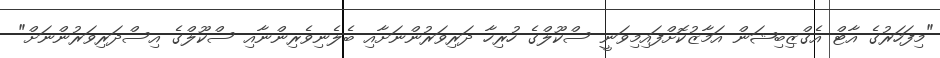
"މިފަހަރުގެ އާޓް އެގްޒިބިޝަން އަމާޒުކޮށްފައިމިވަނީ ސްކޫލްގެ ހުރިހާ ދަރިވަރުންނަށާއި ބެލެނިވެރިންނާއި ސްކޫލްގެ އިސްދަރިވަރުންނަށް"